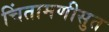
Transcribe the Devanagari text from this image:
चिंतामणीसुत